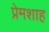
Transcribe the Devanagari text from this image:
प्रेमशाह